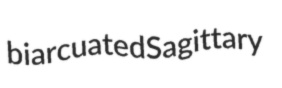
biarcuated Sagittary